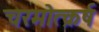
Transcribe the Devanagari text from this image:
चरमोत्क्रर्ष